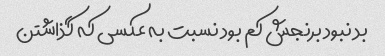
بد نبود برنجش کم بود نسبت به عکسی که گذاشتن